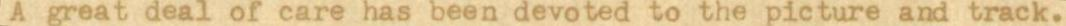
A great deal of care has been devoted to the picture and track.